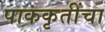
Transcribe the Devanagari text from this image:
पाककृतींचा